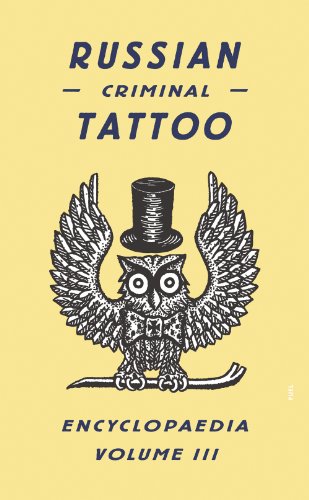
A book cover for Russian Criminal Tattoo Encyclopaedia Volume III; Danzig Baldaev; Arts & Photography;